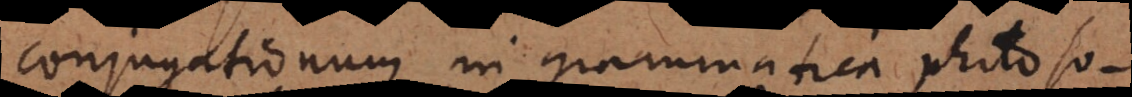
conjugationum in grammatica philoso